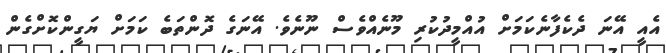
އެއީ އޭނަ ދެކެފާނެކަމަށް އުއްމީދުކުރި މޫނެއްވެސް ނޫނެވެ. އޭނަގެ ދޮންތަބެ ކަމަށް ޔަގީންކޮށްގެން